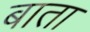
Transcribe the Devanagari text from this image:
बाता